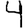
Digit: 4